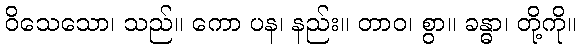
ဝိသေသော၊ သည်။ ကော ပန၊ နည်း။ တာဝ၊ စွာ။ ခန္ဓာ၊ တို့ကို။